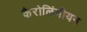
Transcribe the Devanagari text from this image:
कैरोलिंगीयन